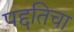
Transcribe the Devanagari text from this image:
पद्दतिचा